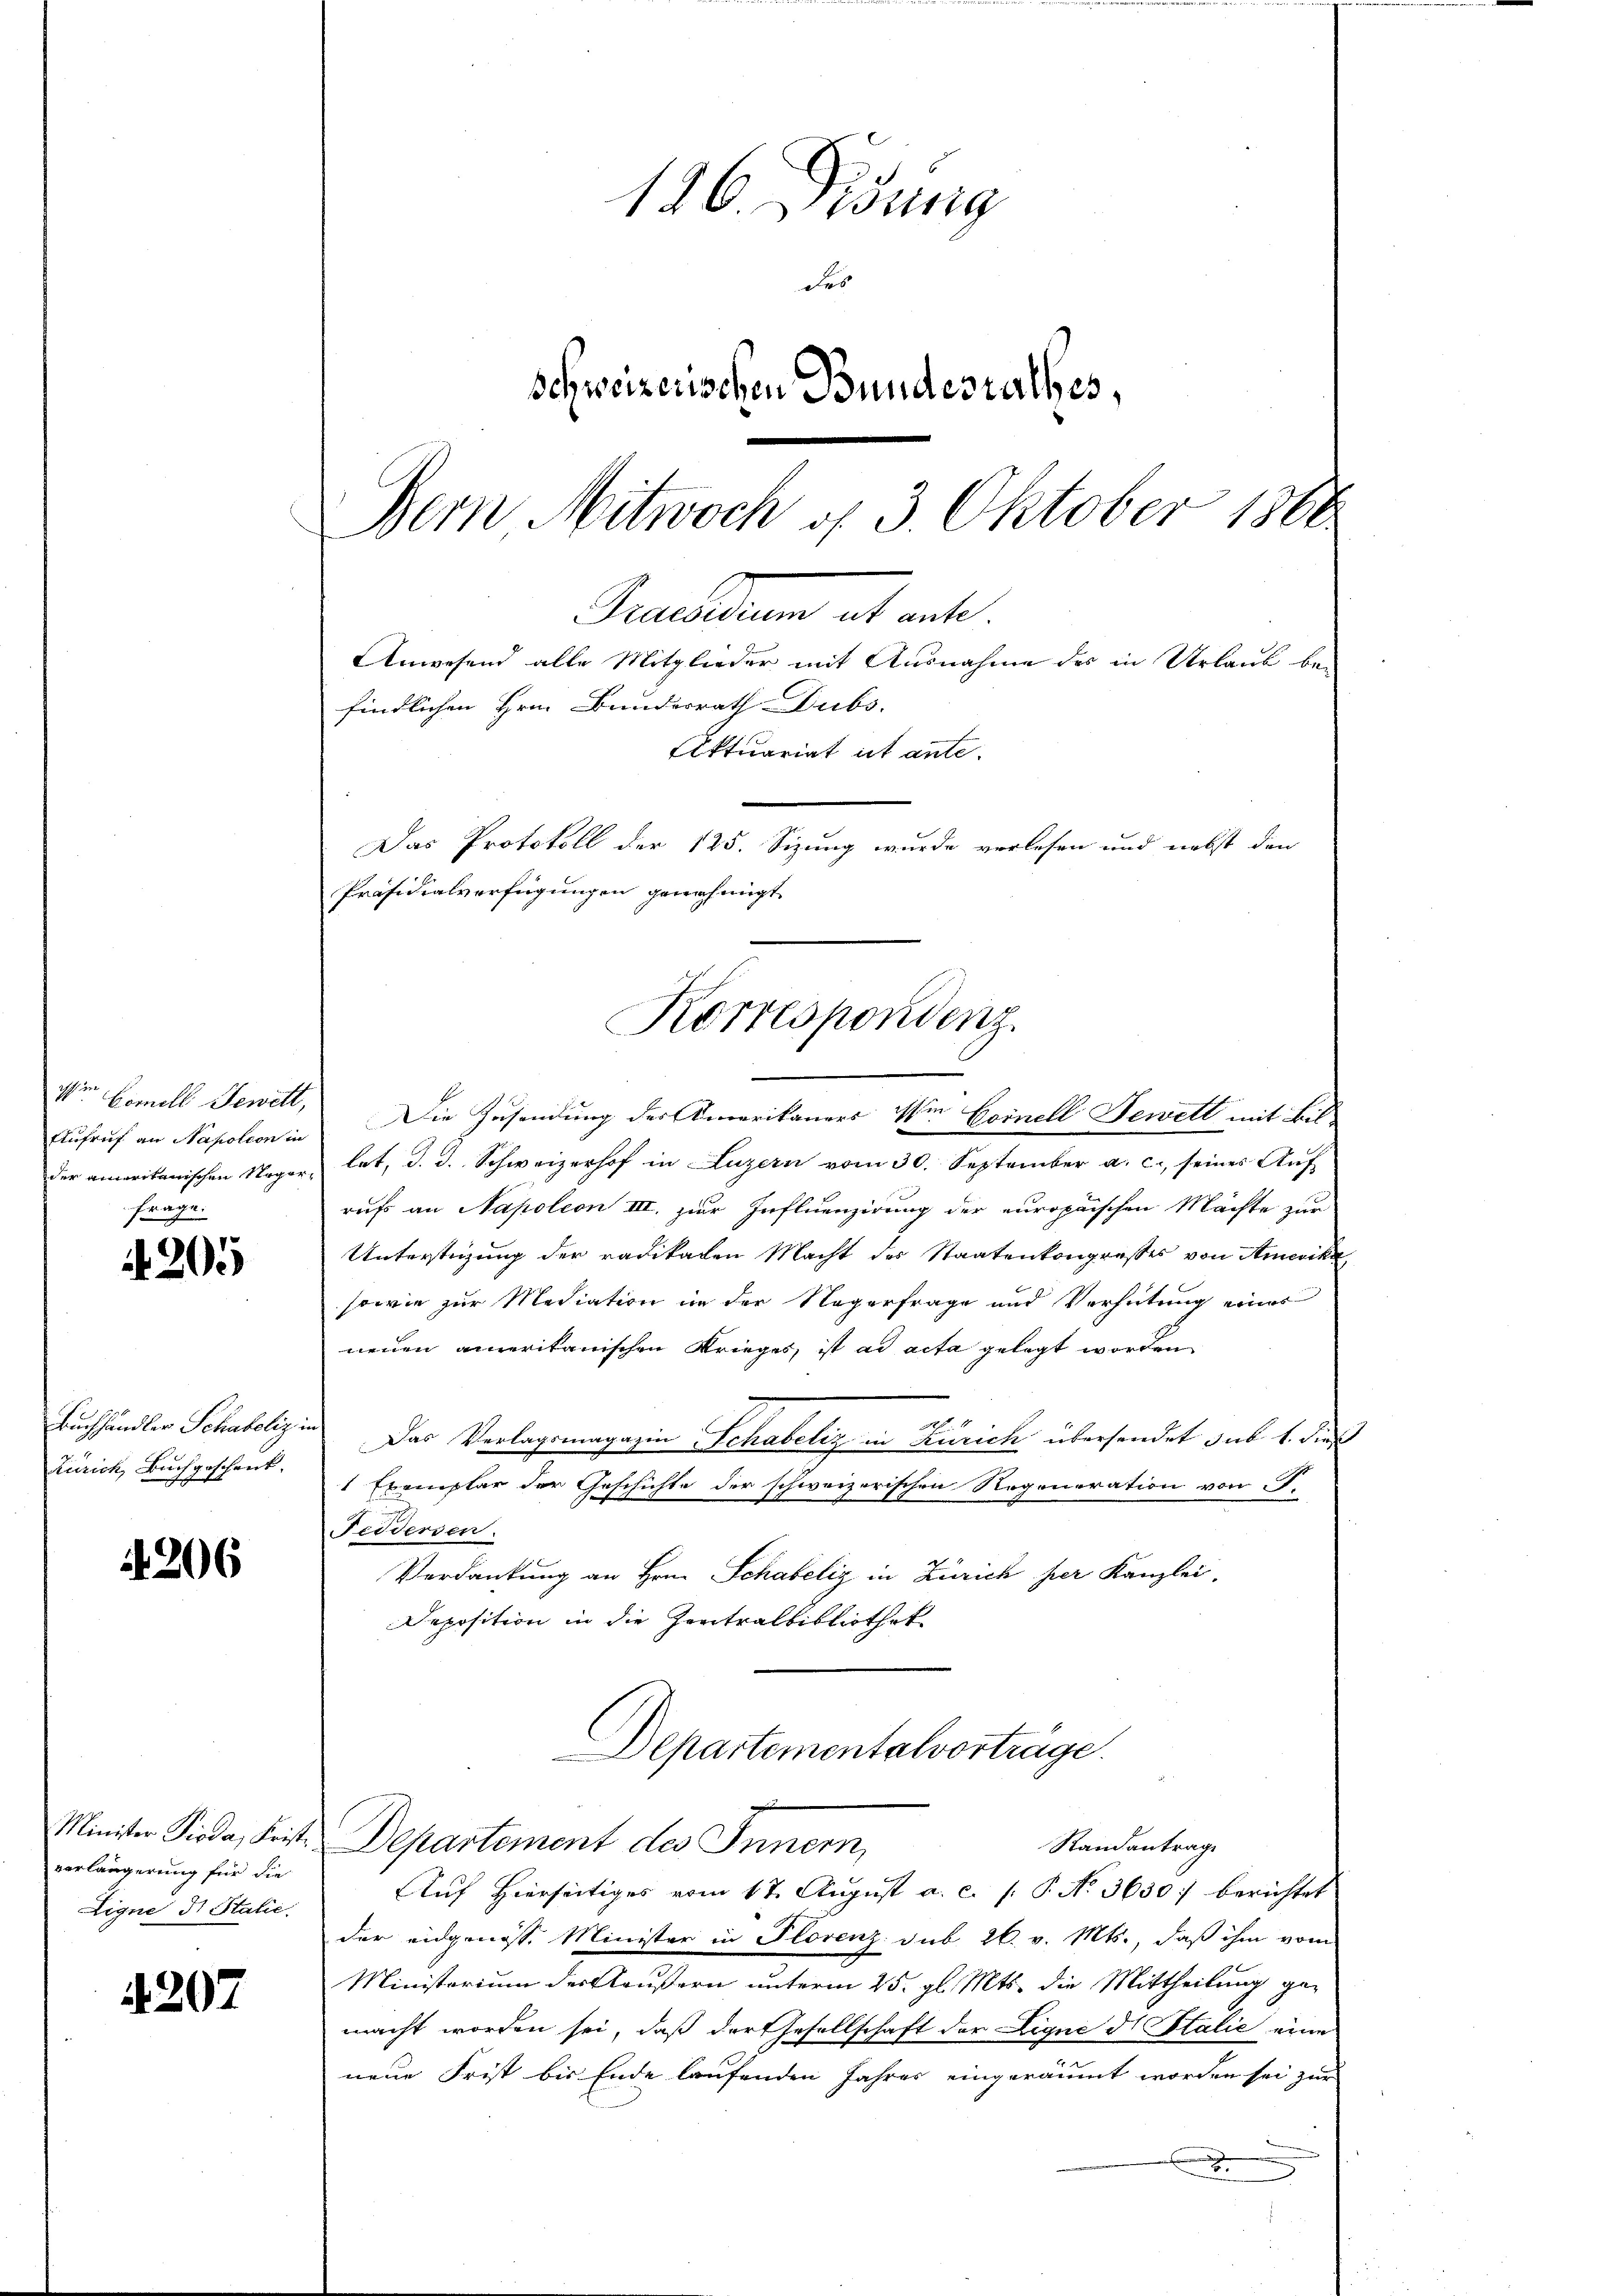
Wien Comell Tewelt,
frage.

205

Buchhändler Schateliz in

206

verlängerung für die
Eigne di Statie.

4207

126. Didung
des
Schweizerischen Bundesrathes,
Bern Mitwoch d. 3. Oktober 1866

Eufruf an Napoleon in Die Zusendung des Amerikaners Wien Goinell Fewett mit Bil-
der amerikanischen Urger, hat, d. J. Schweizerhof in Luzern vom 30. September a. c. seines Auf
rufs an Napoleon III. zur Influenzirung der europaischen Mächte zur
Unterstigung der radikalen Macht des Staatenkongresses von Amerika
sowie zur Mediation in der Nagerfrage und Verhütung eines
neuen ameritanischen Krieges, ist ad acta gelegt worden
Das Verlagsmagazin Schabeliz in Zürich übersendet sub 1. dieß
Zürich, Buchgeschent: 1 Exemplar der Geschichte der schweizerischen Rogeneration von P.
Feidersen.
Verdankung an Hrn. Schabelig in Zürich per Kanzlei.
Deposition in die Zentralbibliothek
Departementalvorträge.
Minister Pioda, Frist. Departement des Innern,
Standantrage
Auf Hierseitiges vom 17. August a. c. s. P. N. 3630) berichtet
der eidgenosse Minister in Florenz sub 26. v. Mts., daß ihm vom
Ministorium der Kläußern unterm 25. gl. Mts. die Mittheilung gemacht worden sei, daß der Gesellschaft der Lique di Salić eine
neue Frist bis Ende laufenden Jahres eingeräumt worden sei zur
x

Gecession et art.
Anwesend alle Mitglieder mit Ausnahme des in Urlaub be-
findlichen Hrn. Bundesrath Dubs.
Aktuariat ist ante.
Das Protokoll der 125. Sizung wurde verlesen und nebst den
Präsidialverfügungen genehmigt
Korrespondenz.